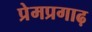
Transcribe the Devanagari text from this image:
प्रेमप्रगाढ़